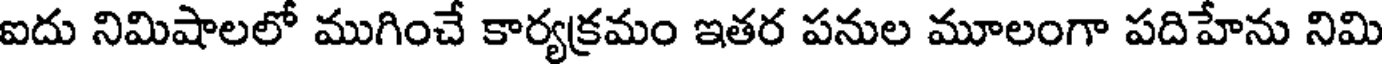
ఐదు నిమిషాలలో ముగించే కార్యక్రమం ఇతర పనుల మూలంగా పదిహేను నిమి